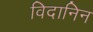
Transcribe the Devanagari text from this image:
विदानिन